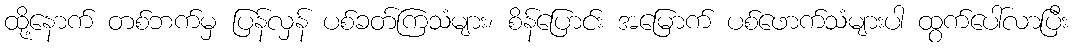
ထို့နောက် တစ်ဘက်မှ ပြန်လှန် ပစ်ခတ်ကြသံများ၊ စိန်ပြောင်း အမြောက် ပစ်ဖောက်သံများပါ ထွက်ပေါ်လာပြီး